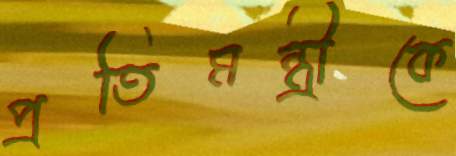
প্রতিমন্ত্রীকে